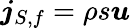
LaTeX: \boldsymbol{j}_{S,f}=\rho s\boldsymbol{u}